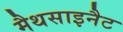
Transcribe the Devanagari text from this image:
मैथसाइनैट